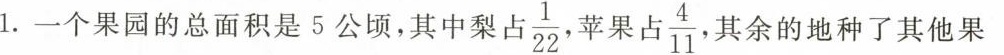
1.一个果园的总面积是5公顷，其中梨占 \frac{1}{22} 苹果占 \frac{4}{11} 其余的地种了其他果